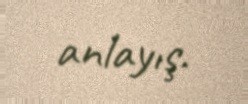
anlayış.